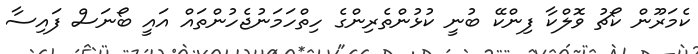
ކެމަރޫން ކޯޗު ވޮލްކާ ފިންކޭ ބުނީ ކުޅުންތެރިންގެ ހިތްހަމަނުޖެހުންތައް އައީ ބޯނަސް ފައިސާ